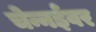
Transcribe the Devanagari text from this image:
चेन्नईवर